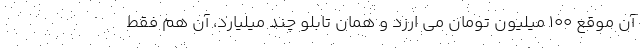
آن موقع ۱۰۰ میلیون تومان می ارزد و همان تابلو چند میلیارد، آن هم فقط